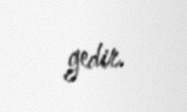
gedir.